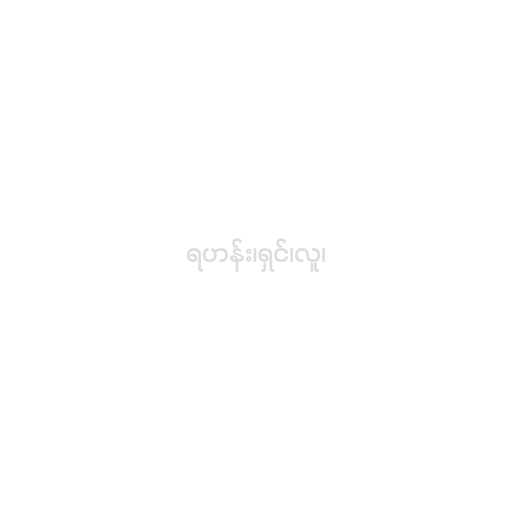
ရဟန်း၊ရှင်၊လူ၊